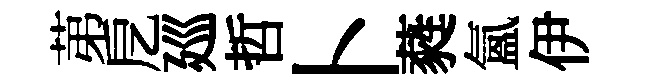
苐戹廵哲卜蕤氲伊